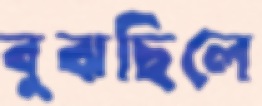
বুঝছিলে